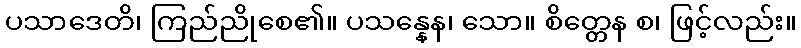
ပသာဒေတိ၊ ကြည်ညိုစေ၏။ ပသန္နေန၊ သော။ စိတ္တေန စ၊ ဖြင့်လည်း။